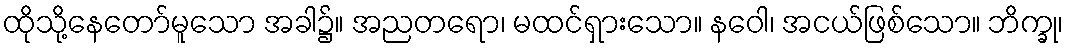
ထိုသို့နေတော်မူသော အခါ၌။ အညတရော၊ မထင်ရှားသော။ နဝေါ၊ အငယ်ဖြစ်သော။ ဘိက္ခု၊